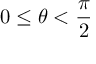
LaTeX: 0 \leq \theta < { \frac { \pi } { 2 } }